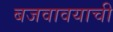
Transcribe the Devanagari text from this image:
बजवावयाची